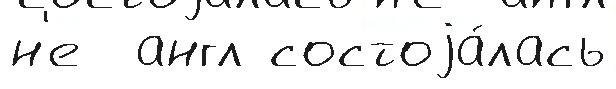
н'е  англ состоjа́лась